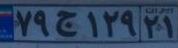
۷۹ج۱۲۹۲۱